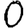
Digit: 0